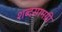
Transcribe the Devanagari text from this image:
शब्दसामग्री